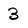
Character: 3